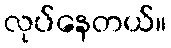
လုပ်နေတယ်။